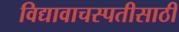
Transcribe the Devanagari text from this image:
विद्यावाचस्पतीसाठी